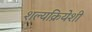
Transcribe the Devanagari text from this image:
शल्यक्रियेशी